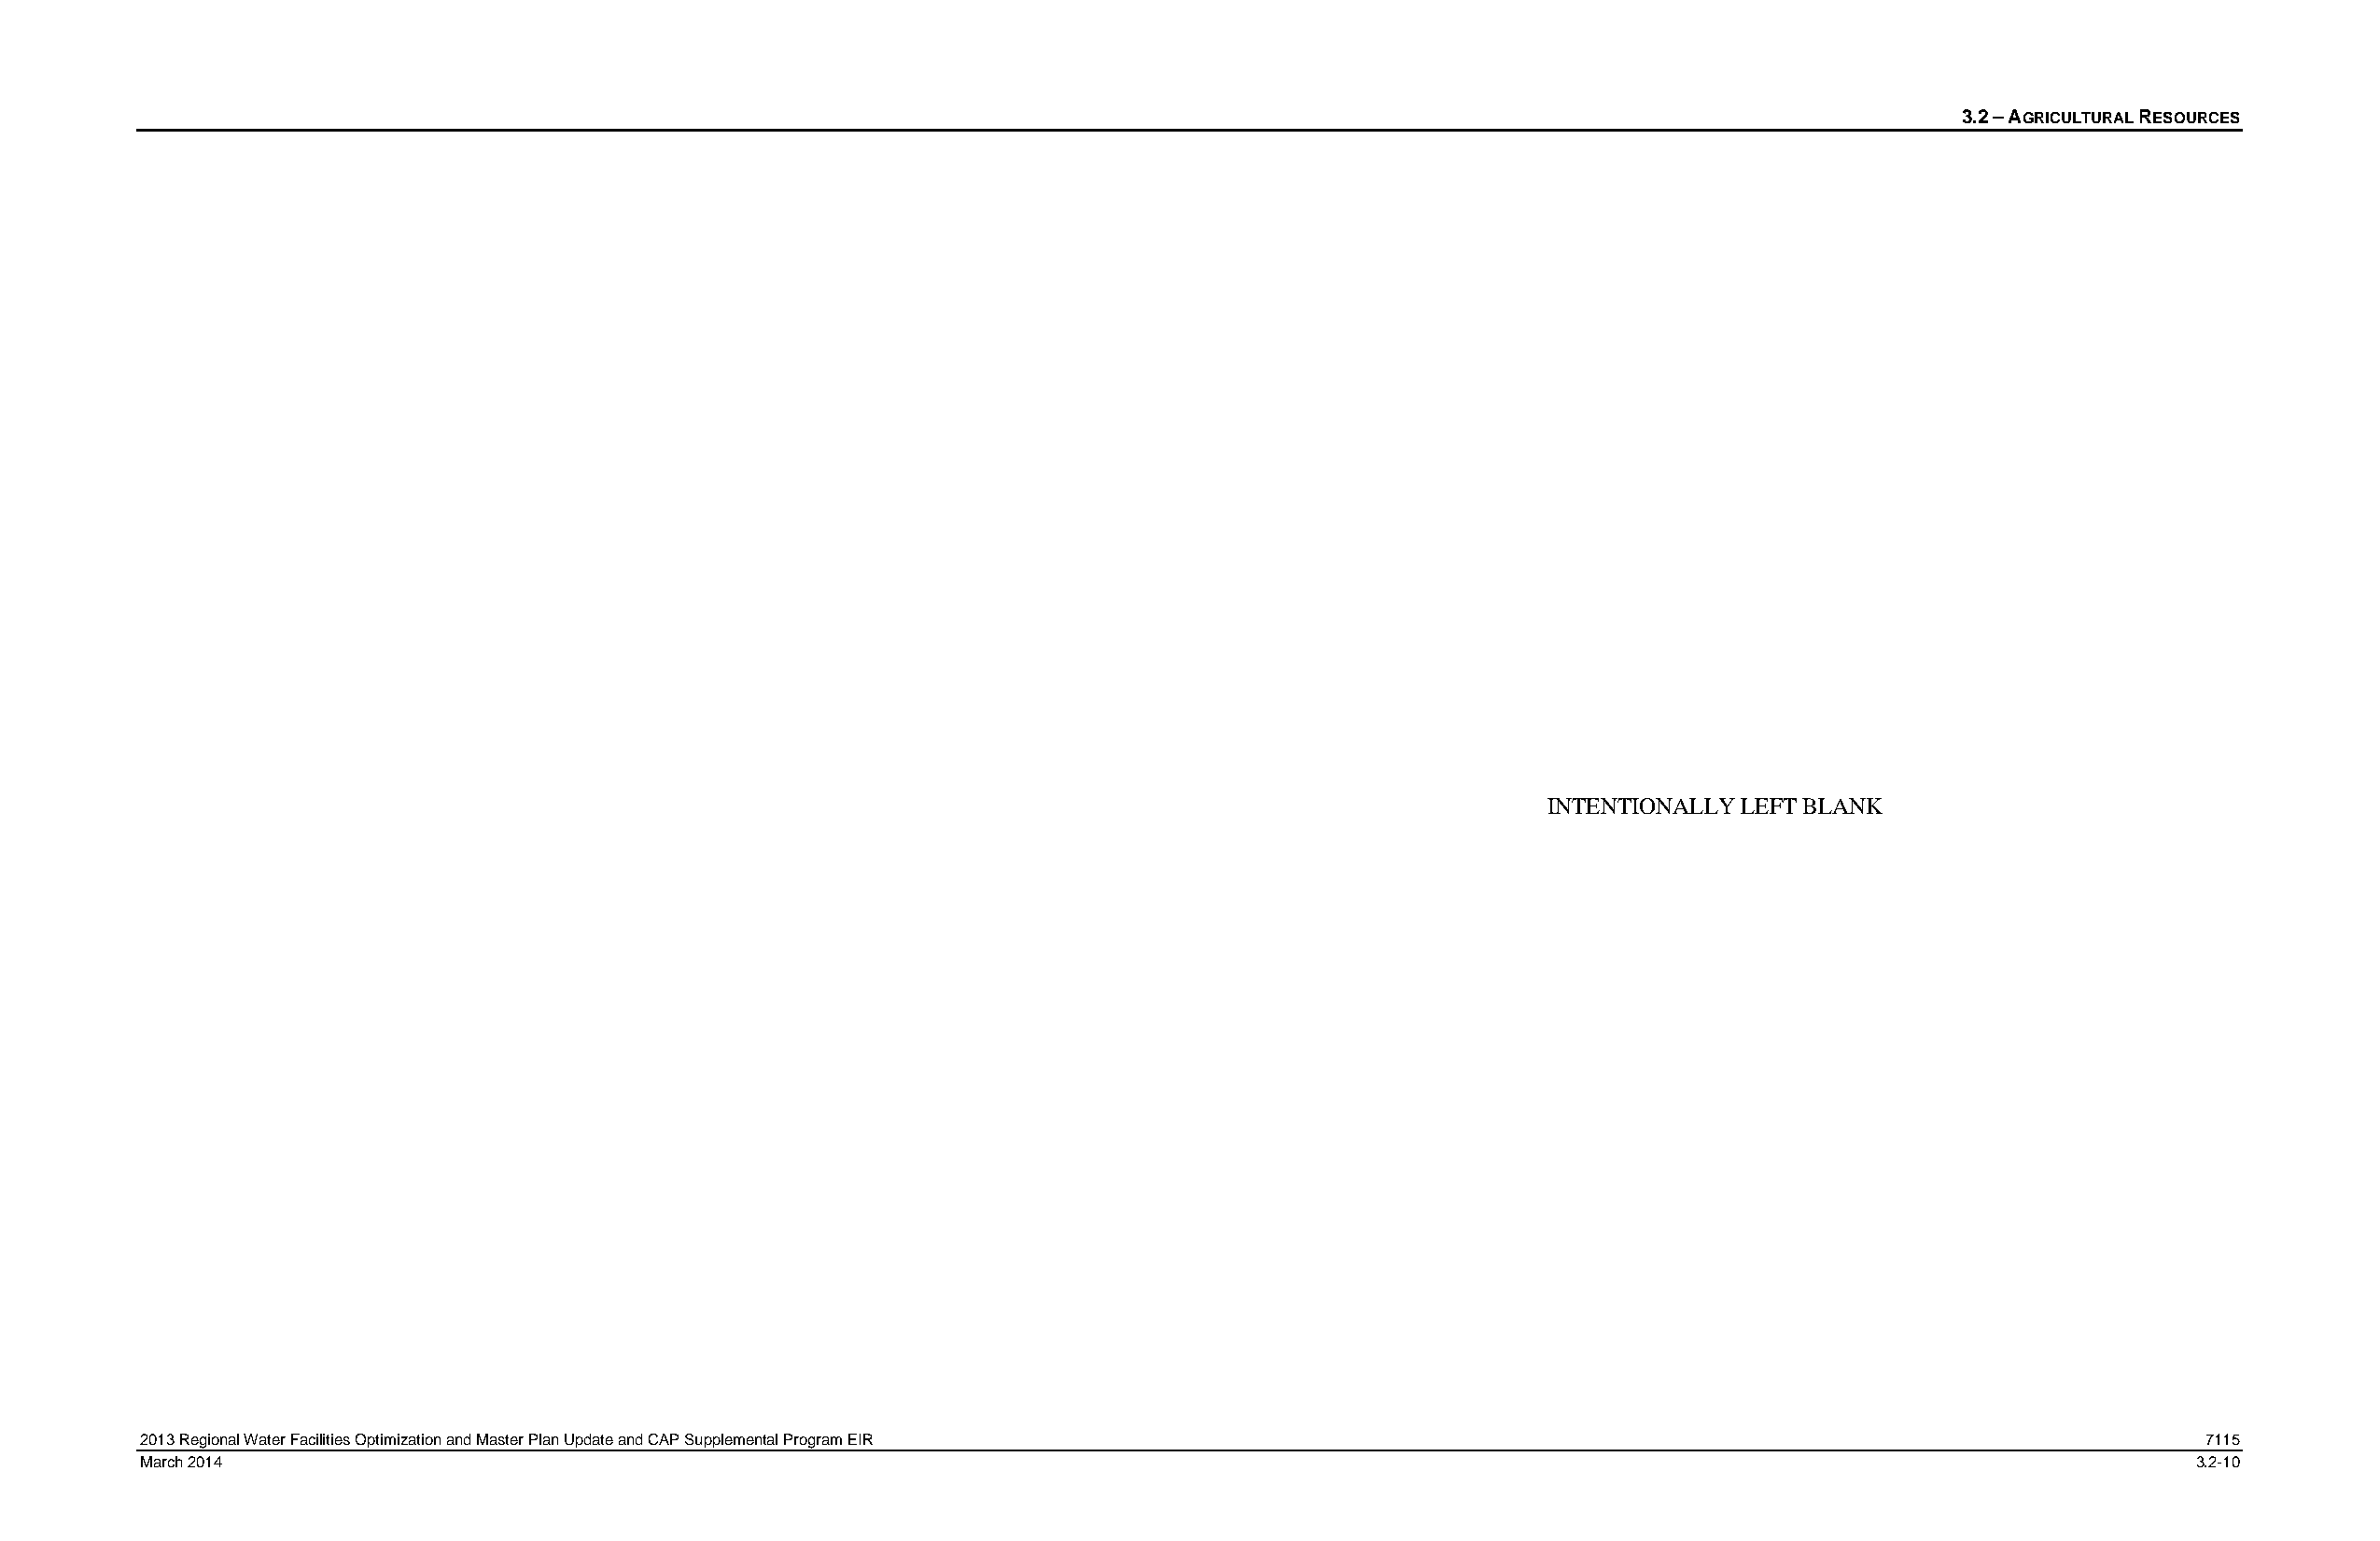
3.2 – AGRICULTURAL RESOURCES
 INTENTIONALLY LEFT BLANK
 2013 Regional Water Facilities Optimization and Master Plan Update and CAP Supplemental Program EIR                                               7115
 March 2014                                                                                                                                        3.2-10